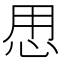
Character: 𱞍